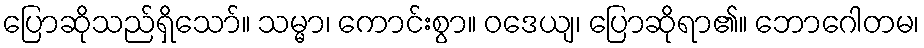
ပြောဆိုသည်ရှိသော်။ သမ္မာ၊ ကောင်းစွာ။ ဝဒေယျ၊ ပြောဆိုရာ၏။ ဘောဂေါတမ၊